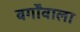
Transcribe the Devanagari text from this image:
वर्गोंवाला